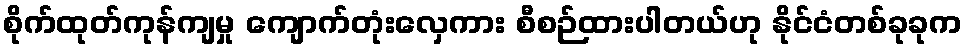
စိုက်ထုတ်ကုန်ကျမှု ကျောက်တုံးလှေကား စီစဉ်ထားပါတယ်ဟု နိုင်ငံတစ်ခုခုက